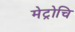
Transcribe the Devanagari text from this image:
मेट्रोचि